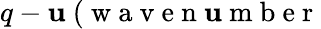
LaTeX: q-\mathbf{u}~(\mathrm{{~w~a~v~e~n~\mathbf{u}~m~b~e~r~}}